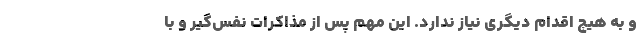
و به هیچ اقدام دیگری نیاز ندارد. این مهم پس از مذاکرات نفس‌گیر و با